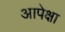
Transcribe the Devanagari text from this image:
आपेक्षा